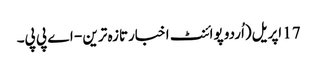
17 اپریل(اُردو پوائنٹ اخبارتازہ ترین - اے پی پی۔